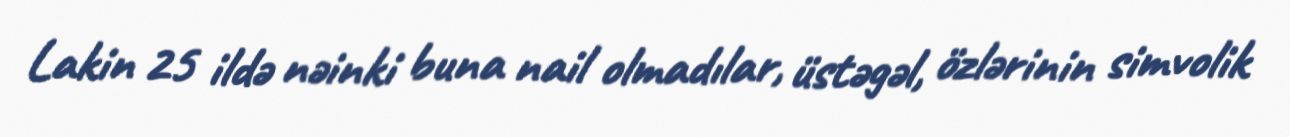
Lakin 25 ildə nəinki buna nail olmadılar, üstəgəl, özlərinin simvolik